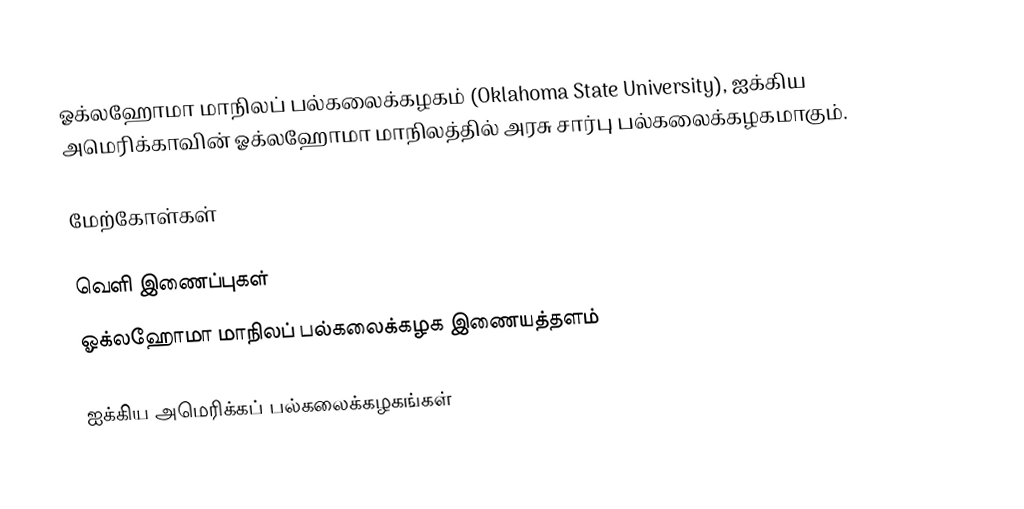
ஓக்லஹோமா மாநிலப் பல்கலைக்கழகம் (Oklahoma State University), ஐக்கிய அமெரிக்காவின் ஓக்லஹோமா மாநிலத்தில் அரசு சார்பு பல்கலைக்கழகமாகும்.

மேற்கோள்கள்

வெளி இணைப்புகள்
 ஓக்லஹோமா மாநிலப் பல்கலைக்கழக இணையத்தளம்

ஐக்கிய அமெரிக்கப் பல்கலைக்கழகங்கள்